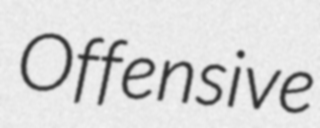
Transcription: Offensive